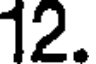
12.